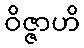
ဝိဇ္ဇာဟိ